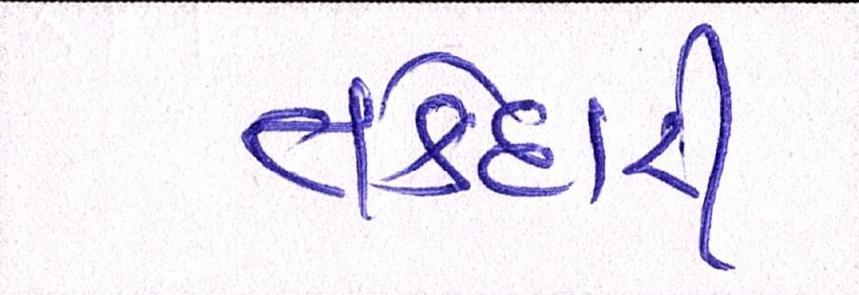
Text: તકેદારી